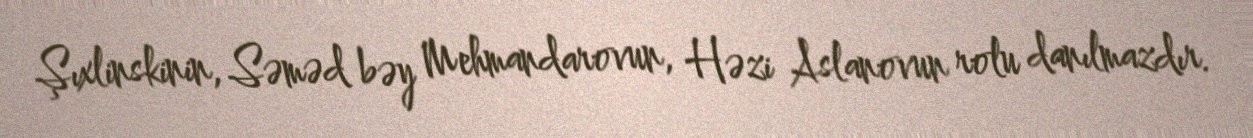
Şıxlinskinin, Səməd bəy Mehmandarovun, Həzi Aslanovun rolu danılmazdır.